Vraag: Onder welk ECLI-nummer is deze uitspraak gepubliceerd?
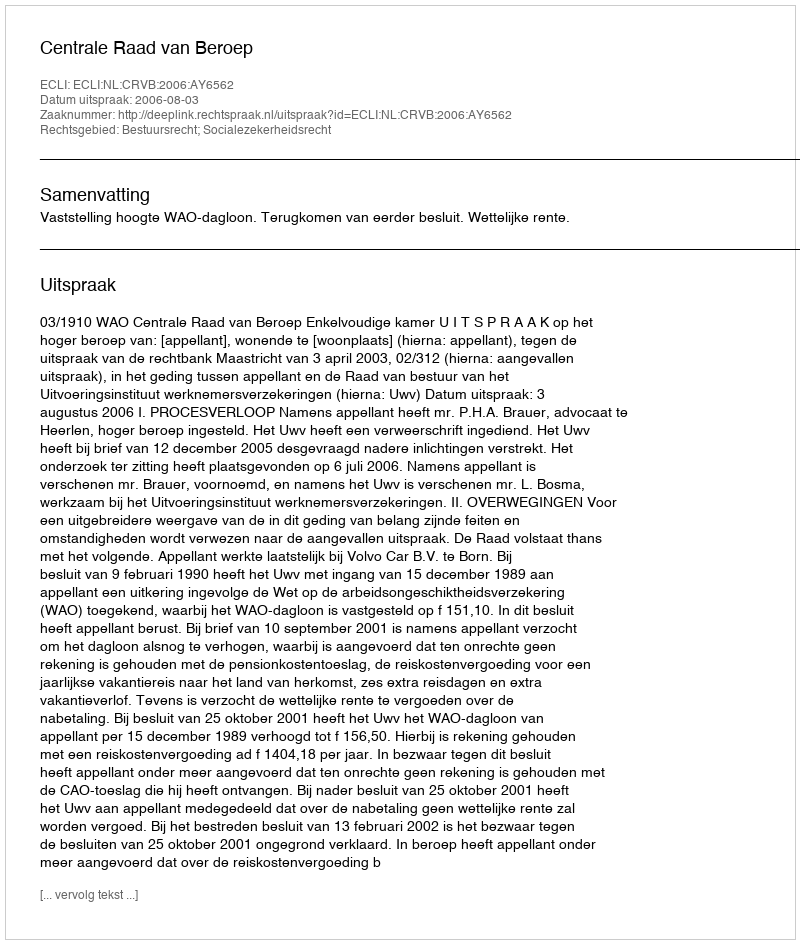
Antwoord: ECLI:NL:CRVB:2006:AY6562